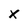
Character: x